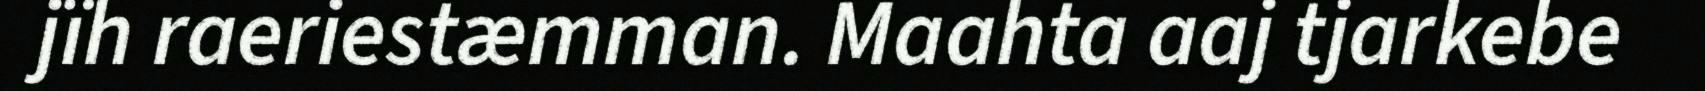
jïh raeriestæmman. Maahta aaj tjarkebe